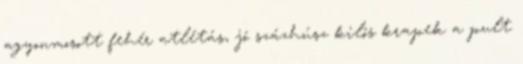
agyonmosott fehér atlétás, jó százhúsz kilós krapek a pult